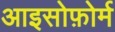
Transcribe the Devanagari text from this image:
आइसोफ़ोर्म